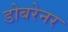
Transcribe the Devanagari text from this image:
डोबरेनर